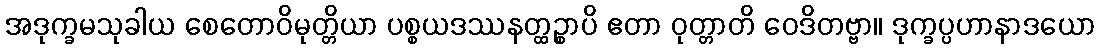
အဒုက္ခမသုခါယ စေတောဝိမုတ္တိယာ ပစ္စယဒဿနတ္ထဉ္စာပိ ဧတာ ဝုတ္တာတိ ဝေဒိတဗ္ဗာ။ ဒုက္ခပ္ပဟာနာဒယော